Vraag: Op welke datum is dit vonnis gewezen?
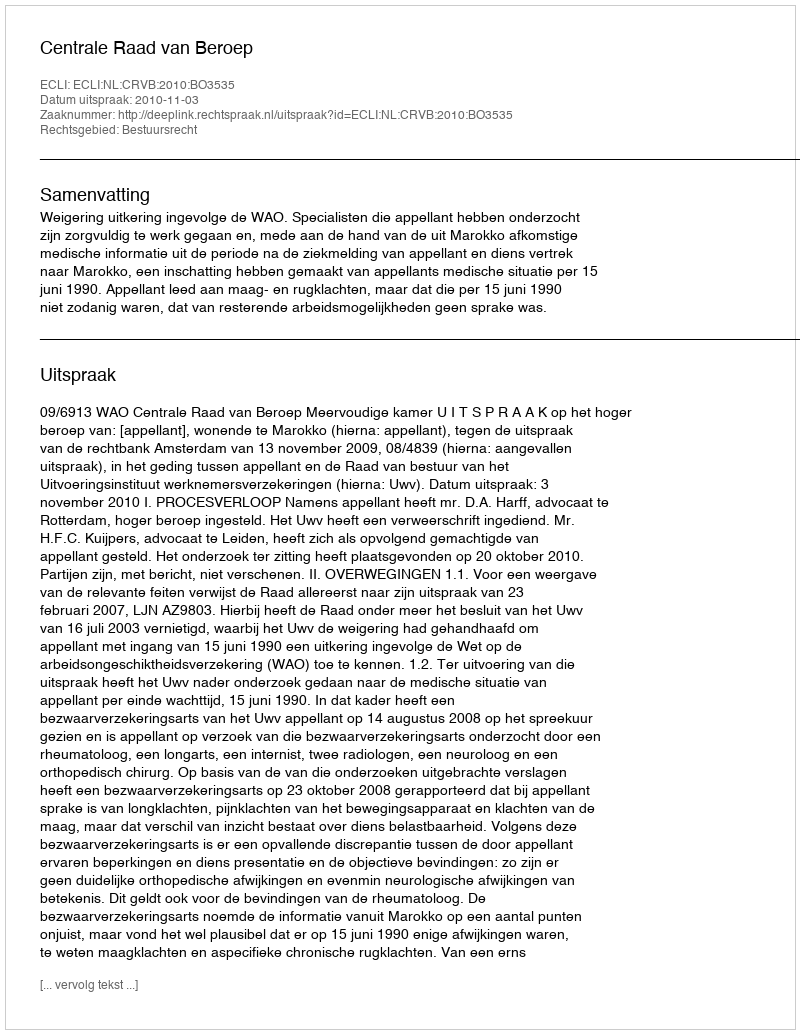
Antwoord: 2010-11-03